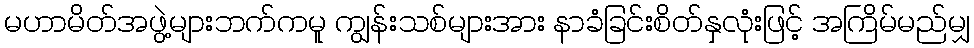
မဟာမိတ်အဖွဲ့များဘက်ကမူ ကျွန်းသစ်များအား နာခံခြင်းစိတ်နှလုံးဖြင့် အကြိမ်မည်မျှ